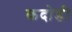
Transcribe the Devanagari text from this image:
कदोडी